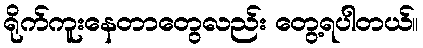
ရိုက်ကူးနေတာတွေလည်း တွေ့ရပါတယ်။